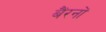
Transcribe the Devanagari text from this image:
बैंरनों